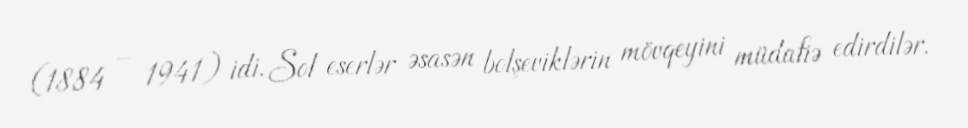
(1884 – 1941) idi. Sol eserlər əsasən bolşeviklərin mövqeyini müdafiə edirdilər.